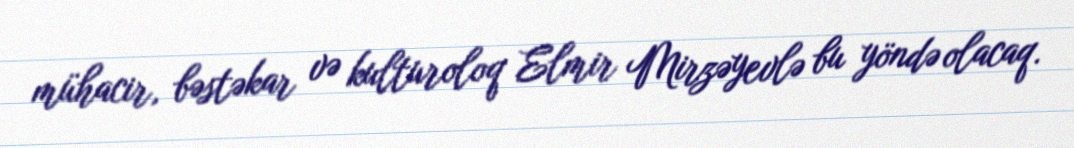
mühacir, bəstəkar və kulturoloq Elmir Mirzəyevlə bu yöndə olacaq.